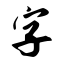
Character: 字